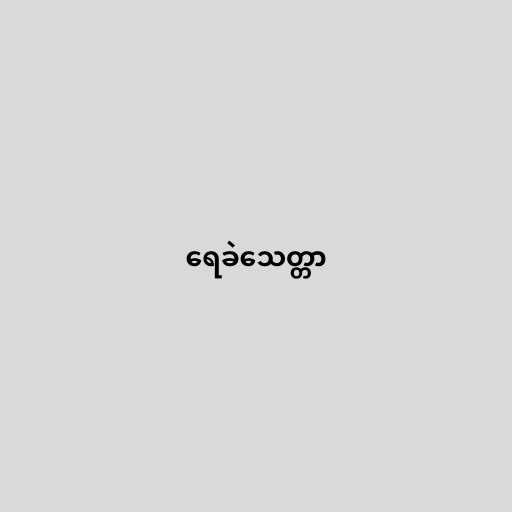
ရေခဲသေတ္တာ